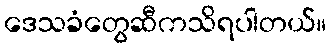
ဒေသခံတွေဆီကသိရပါတယ်။